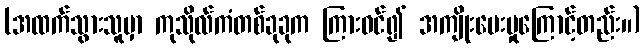
(အထက်သွားသူမှာ ကုသိုလ်ကံတစ်ခုခုက ကြားဝင်၍ အကျိုးပေးမှုကြောင့်တည်း။)